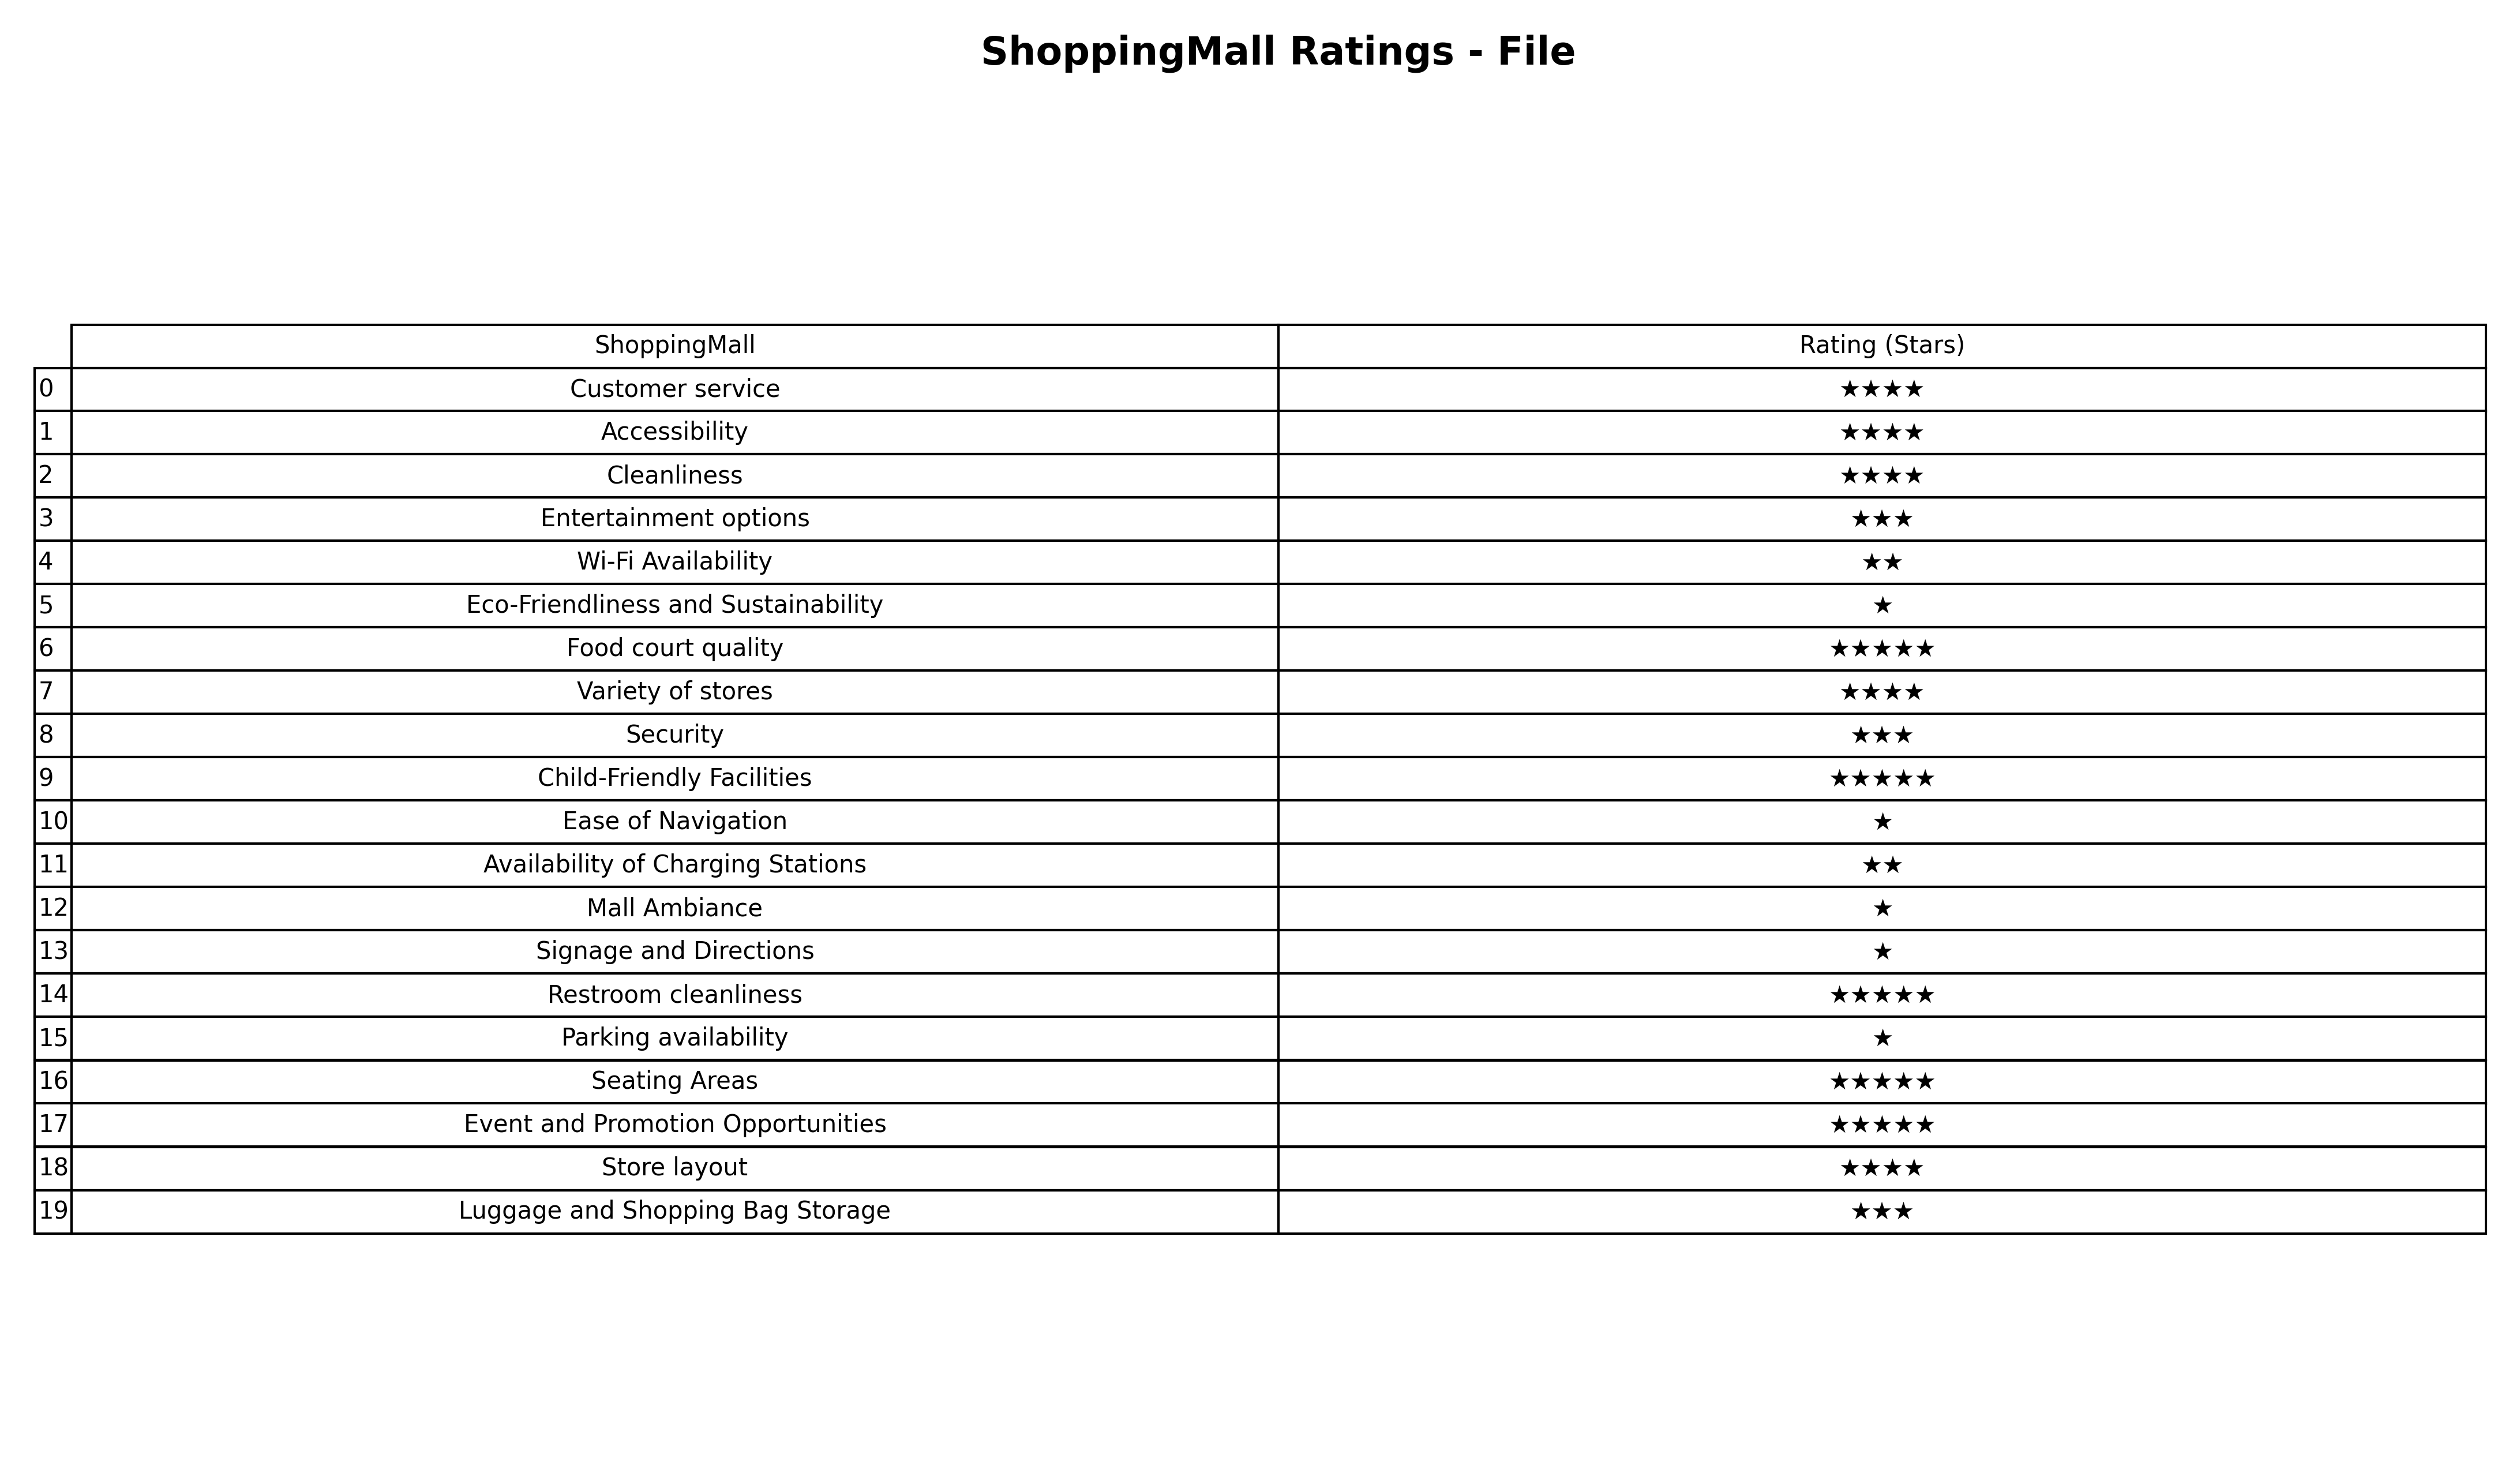
question: Which services are rated average?
answer: Entertainment optionsSecurityLuggage and Shopping Bag Storage